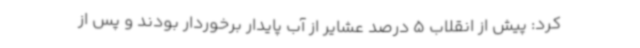
کرد: پیش از انقلاب 5 درصد عشایر از آب پایدار برخوردار بودند و پس از